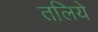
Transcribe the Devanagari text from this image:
तलिये